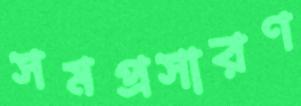
সমপ্রসারণ